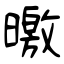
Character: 曒